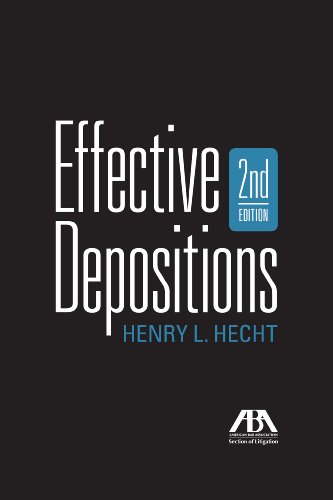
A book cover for Effective Depositions; Henry Hecht; Law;